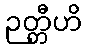
ဉတ္တီဟိ